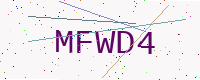
Text: MFWD4